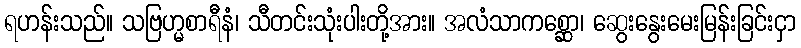
ရဟန်းသည်။ သဗြဟ္မစာရီနံ၊ သီတင်းသုံးပါးတို့အား။ အလံသာကစ္ဆော၊ ဆွေးနွေးမေးမြန်းခြင်းငှာ